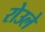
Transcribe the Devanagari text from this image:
रोउले